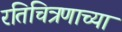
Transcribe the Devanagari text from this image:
रतिचित्रणाच्या